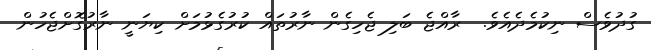
ގުދުވެސް ނިކުމެދެއެވެ.  ރާއްޖެ ބަލި ޖެހިގެން ނާރުތައް ކުރުގެޅުމަށް ކިޔަނީ ނާރުގޮށްޖެހުން